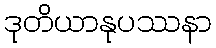
ဒုတိယာနုပဿနာ